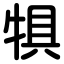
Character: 犋